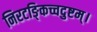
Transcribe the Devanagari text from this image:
निरटङ्किच्चदुष्टम्।